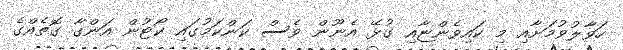
ހަވާލުވުމަށާއި މި ކައިވެންޏާއި ގުޅޭ އެނޫން ވެސް ކަންކަމުގައި ކޯޓުން އަންގާ ގޮތެއްގެ